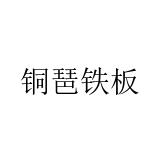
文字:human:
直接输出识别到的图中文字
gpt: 铜琶铁板